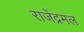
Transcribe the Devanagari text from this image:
राजेंद्रमल